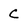
Character: C